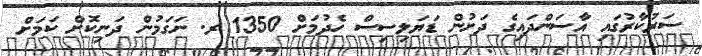
ސަރުކާރުގައި އާސަންދައިގެ ދަށުން ޑަޔަލިސިސް ހެދުމަށް 1350 ރ. ނަގަމުން ދަނިކޮށް ކަމަށް